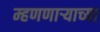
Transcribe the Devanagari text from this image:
म्हणणार्‍याच्या